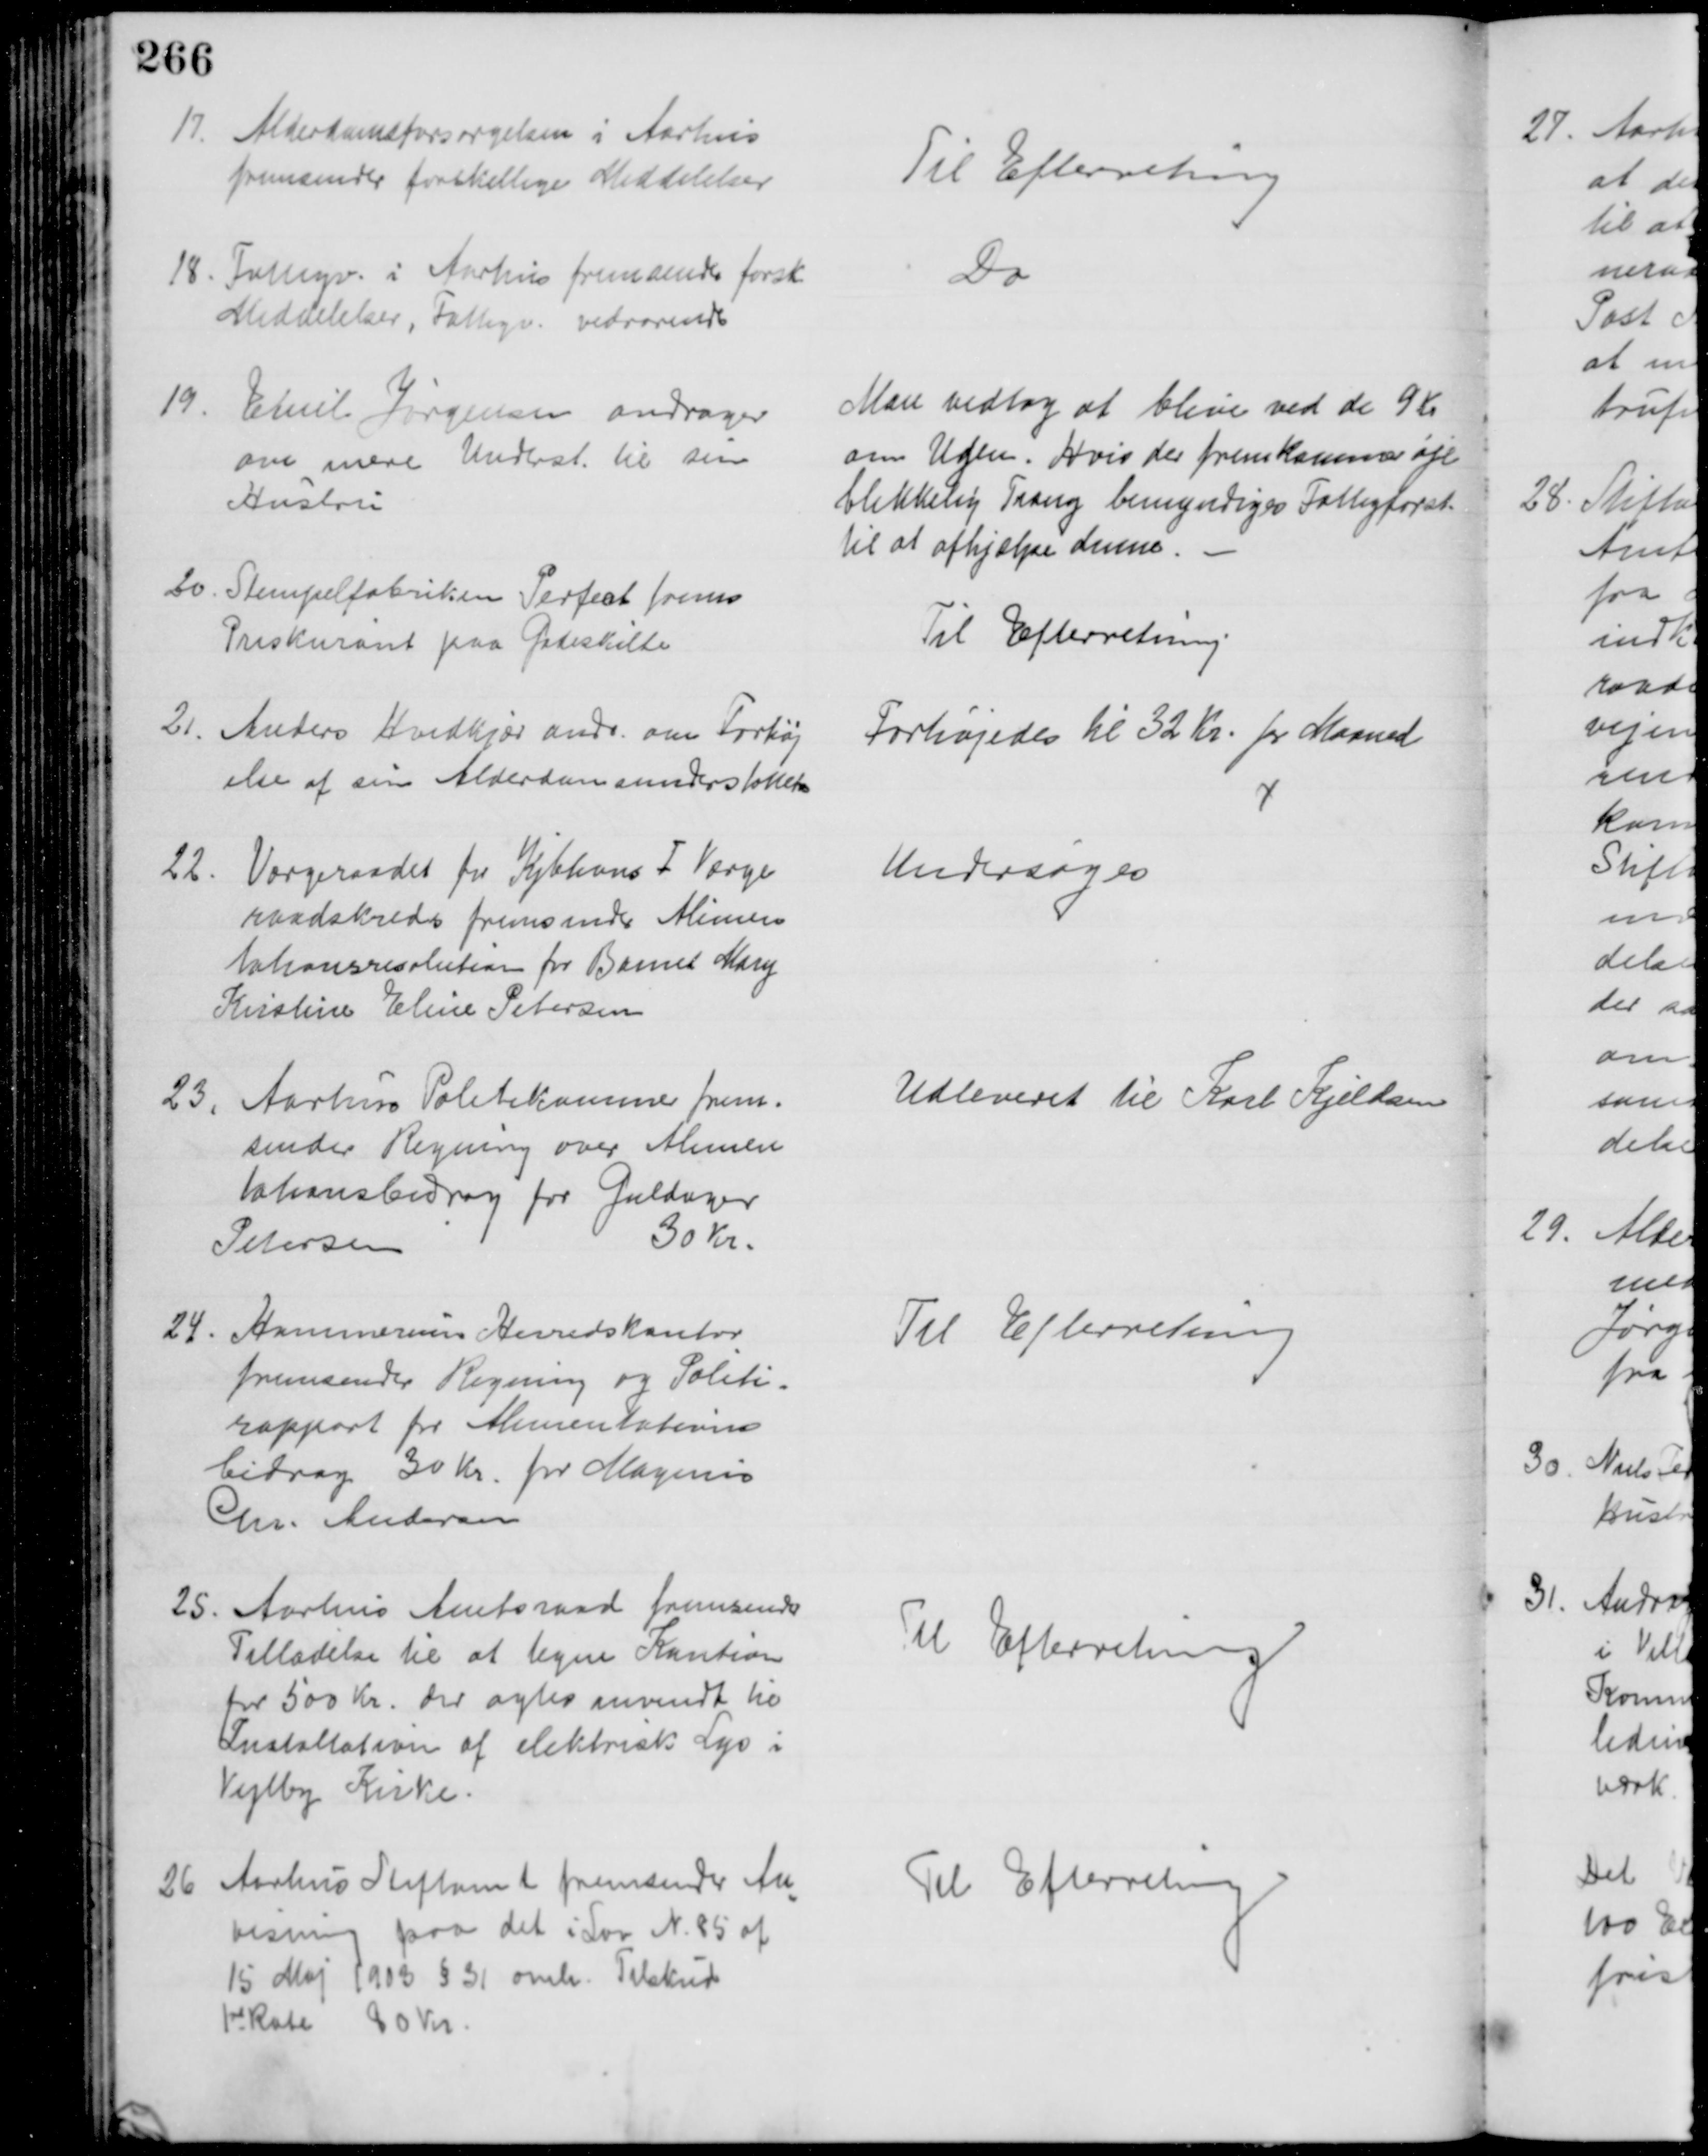
Transskription:
17. Alderdomsforsørgelsen i Aarhus
fremsendes forskellige Meddelelser
Til Efterretning
18. Fattigv. i Aarhus fremsender forsk
Meddelelser, Fattigv. vedrørende
Do
19
Emil Jørgensen andrager
om mere Underst. til sin
Hustru
Man vedtog at blive ved de 9 Kr
om Ugen. Hvis der fremkommer øje
blikkelig Trang bemyndiges Fattigforst.
til at afhjælpe denne.
20. Stempelfabriken Perfect frems
Priskurant paa Gadeskilte
Til Efterretning
21. Anders Hvidkjær andr. om Forhøj
else af sin Alderdomsunderstøttelse
Forhøjedes til 32 Kr. pr Maaned
22. Værgeraadet for Kbhvns I Værge
raadskreds fremsender Alimen
tationsresolution for Barnet Mary
Kristine Eline Petersen
Undersøges
23.
Aarhus Politikammer frem-
sender Regning over Alimen
tationsbidrag for Guldager
Petersen
30 Kr.
Udleveret til Karl Kjeldsen
24. Hammerums Herredskontor
fremsender Regning og Politi-
rapport for Alimentations
bidrag 30 Kr. for Magnus
Chr. Andersen
Til Efterretning
25. Aarhus Amtsraad fremsender
Tilladelse til at tegne Kaution
for 500 Kr. der agtes anvendt til
Installation af elektrisk Lys i
Vejlby Kirke.
Til Efterretning
26 Aarhus Stiftamt fremsender An
=
visning paa det i Lov N. 85 af
15 Maj 1903 § 31 omh. Tilskud
1st Rate 80 Kr
Til Efterretning